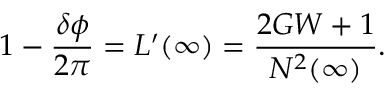
1 - \frac { \delta \phi } { 2 \pi } = L ^ { \prime } ( \infty ) = \frac { 2 G W + 1 } { N ^ { 2 } ( \infty ) } .